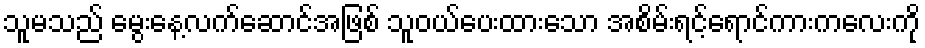
သူမသည် မွေးနေ့လက်ဆောင်အဖြစ် သူဝယ်ပေးထားသော အစိမ်းရင့်ရောင်ကားကလေးကို